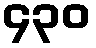
၄၃၀